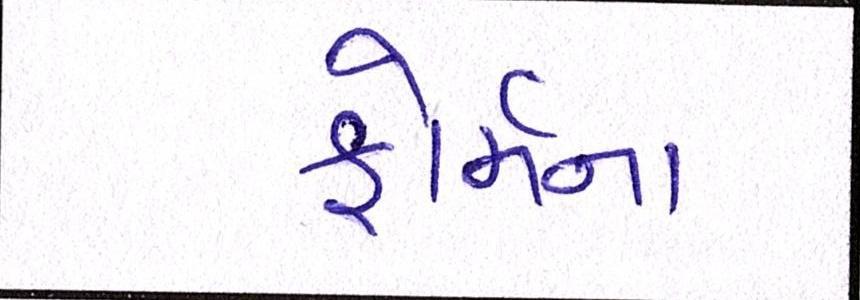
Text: ફોર્મના